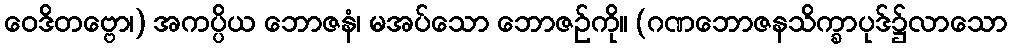
ဝေဒိတဗ္ဗော၊) အကပ္ပိယ ဘောဇနံ၊ မအပ်သော ဘောဇဉ်ကို။ (ဂဏဘောဇနသိက္ခာပုဒ်၌လာသော